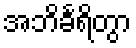
အဘိင်္ခရိတွာ